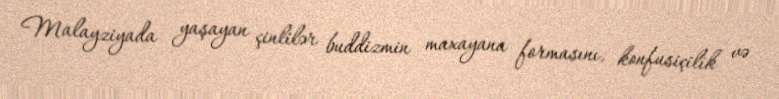
Malayziyada yaşayan çinlilər buddizmin maxayana formasını, konfusiçilik və